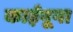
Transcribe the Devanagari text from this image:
काईनूना